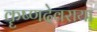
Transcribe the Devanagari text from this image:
कॄष्णदेवराया